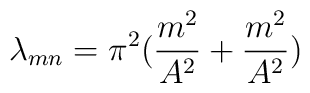
\lambda_{mn} = \pi^2({{m^2}\over{A^2}} + {{m^2}\over{A^2}})